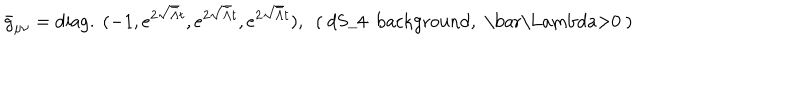
LaTeX: \bar { g } _ { \mu \nu } = \mathrm { d i a g . \ } ( - 1 , e ^ { 2 \sqrt { \bar { \Lambda } } t } , e ^ { 2 \sqrt { \bar { \Lambda } } t } , e ^ { 2 \sqrt { \bar { \Lambda } } t } ) , \ \ \mathrm { ( ~ d S _ { 4 } ~ b a c k g r o u n d , ~ \bar { \Lambda } > 0 ~ ) }